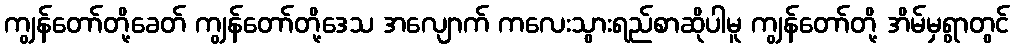
ကျွန်တော်တို့ခေတ် ကျွန်တော်တို့ဒေသ အလျောက် ကလေးသွားရည်စာဆိုပါမူ ကျွန်တော်တို့ အိမ်မှရွာတွင်